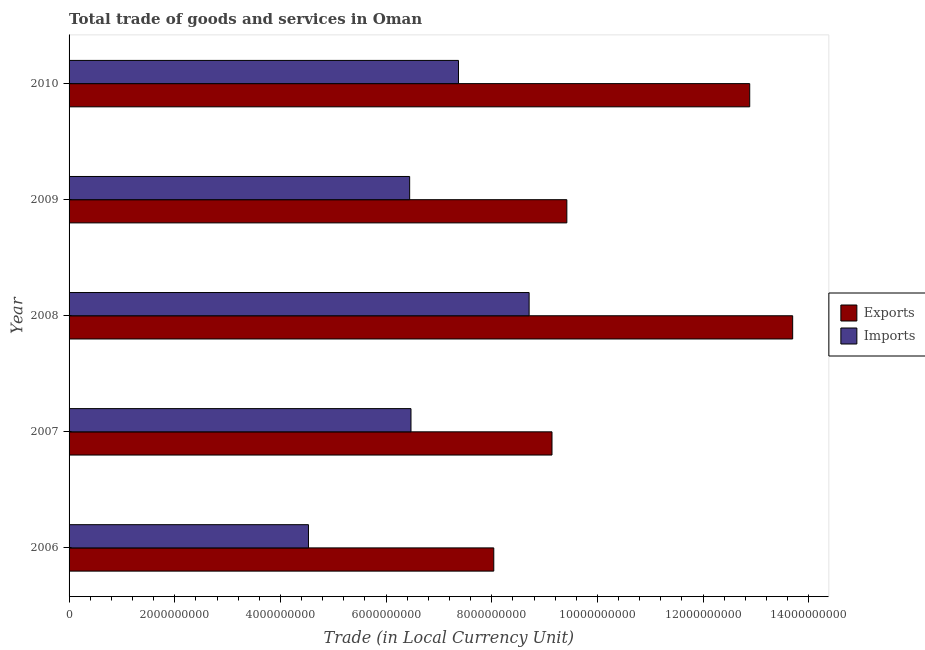
| Year | Exports | Imports |
 | --- | --- | --- |
 | 2006 | 8.04e+09 | 4.53e+09 |
 | 2007 | 9.14e+09 | 6.47e+09 |
 | 2008 | 1.37e+10 | 8.71e+09 |
 | 2009 | 9.42e+09 | 6.45e+09 |
 | 2010 | 1.29e+10 | 7.37e+09 |